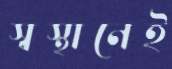
স্বস্থানেই